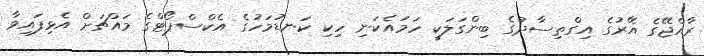
ރާއްޖޭގެ އޭރުގެ އިގްތިސާދުގެ ބިންގަލަކީ ހަމައެކަނި ހިކި ކަނޑުމަހުގެ އެކްސްޕޯޓްގެ މައްޗަށް އެޅިފައިވާ